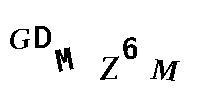
GDMZ6M